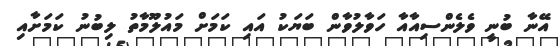
އޭނާ ބުނީ ވެލެންސިއާއާ ހަވާލުވާން ބަޔަކު އައި ކަމަށް މައުލޫމާތު ލިބުނު ކަމަށާއި